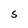
Character: S